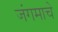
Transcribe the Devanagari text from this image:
जंगमाचे